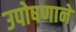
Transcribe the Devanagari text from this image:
उपोषणाने